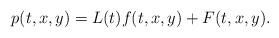
\begin{align*}p(t,x,y)=L(t)f(t,x,y)+F(t,x,y).\end{align*}